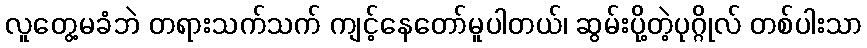
လူတွေ့မခံဘဲ တရားသက်သက် ကျင့်နေတော်မူပါတယ်၊ ဆွမ်းပို့တဲ့ပုဂ္ဂိုလ် တစ်ပါးသာ